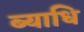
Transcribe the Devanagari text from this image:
ब्‍याधि